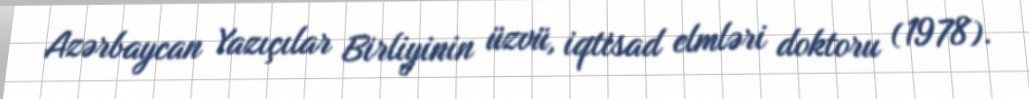
Azərbaycan Yazıçılar Birliyinin üzvü, iqtisad elmləri doktoru (1978).